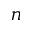
n